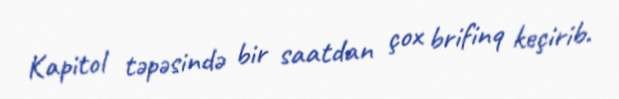
Kapitol təpəsində bir saatdan çox brifinq keçirib.